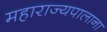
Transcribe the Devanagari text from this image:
महाराज्यपालाना